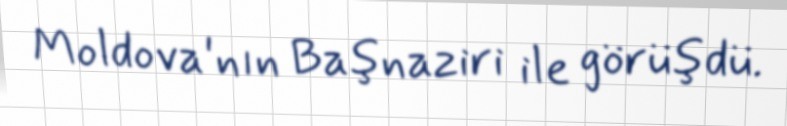
Moldova'nın Başnaziri ile görüşdü.